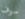
سوف